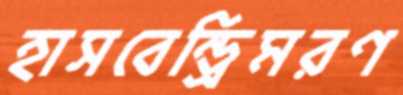
হাসবেন্ড্রিমরণ